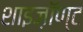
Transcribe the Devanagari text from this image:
शाइज़ॉण्ट